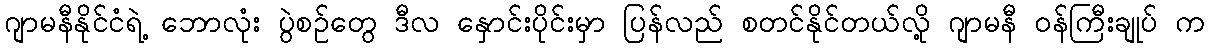
ဂျာမနီနိုင်ငံရဲ့ ဘောလုံး ပွဲစဉ်တွေ ဒီလ နှောင်းပိုင်းမှာ ပြန်လည် စတင်နိုင်တယ်လို့ ဂျာမနီ ဝန်ကြီးချုပ် က